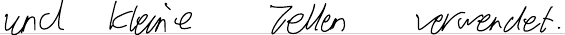
und kleine Zellen verwendet.